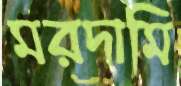
মরদামি